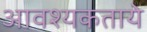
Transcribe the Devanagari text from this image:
आवश्यकताये